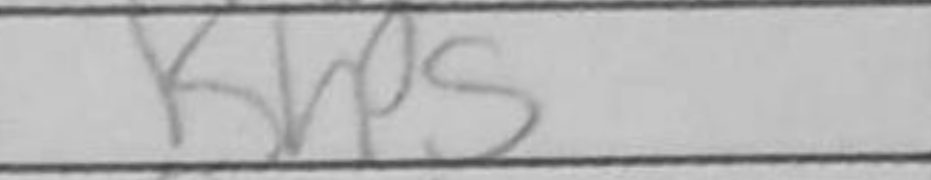
Transcription: Kh5